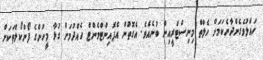
ހައްލުވެގެންދާނެކަމަށް ހެލްތް މިނިސްޓްރީއިން ބުނެއެވެ. އެގޮތުން އެޕޮއިންޓްމެންޓް ހެއްދުމަށް ގުޅާ މީހުންގެ ފޯންކޯލްތަކަށް